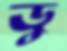
ডু